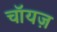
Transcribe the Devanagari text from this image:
चॉयज़